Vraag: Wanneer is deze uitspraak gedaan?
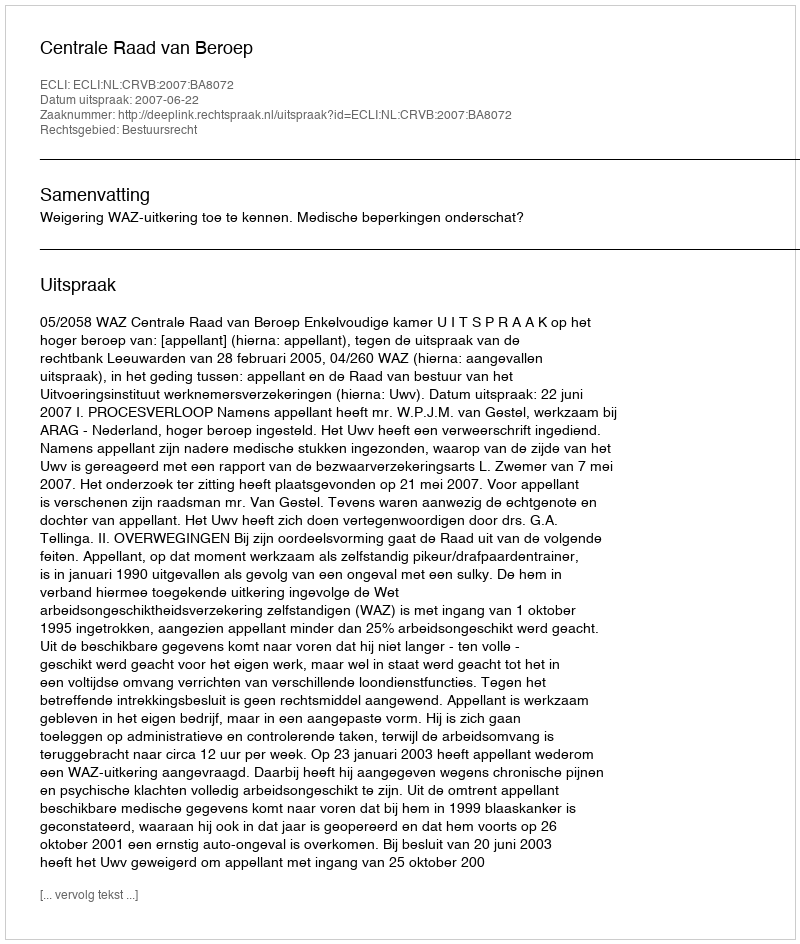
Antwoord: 2007-06-22